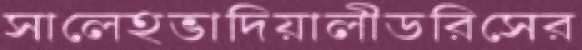
সালেহভাদিয়ালীডরিসের